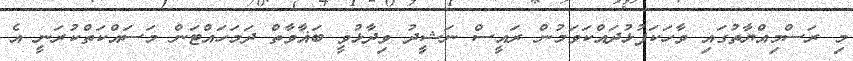
މި ރަސްމިއްޔާތުގައި ވާހަކަފުޅުދައްކަވަމުން ރައީސް ނަޝީދު ވިދާޅުވީ ބަޣާވާތް ދަމަހައްޓަން މަސައްކަތްކުރަނީ އެ